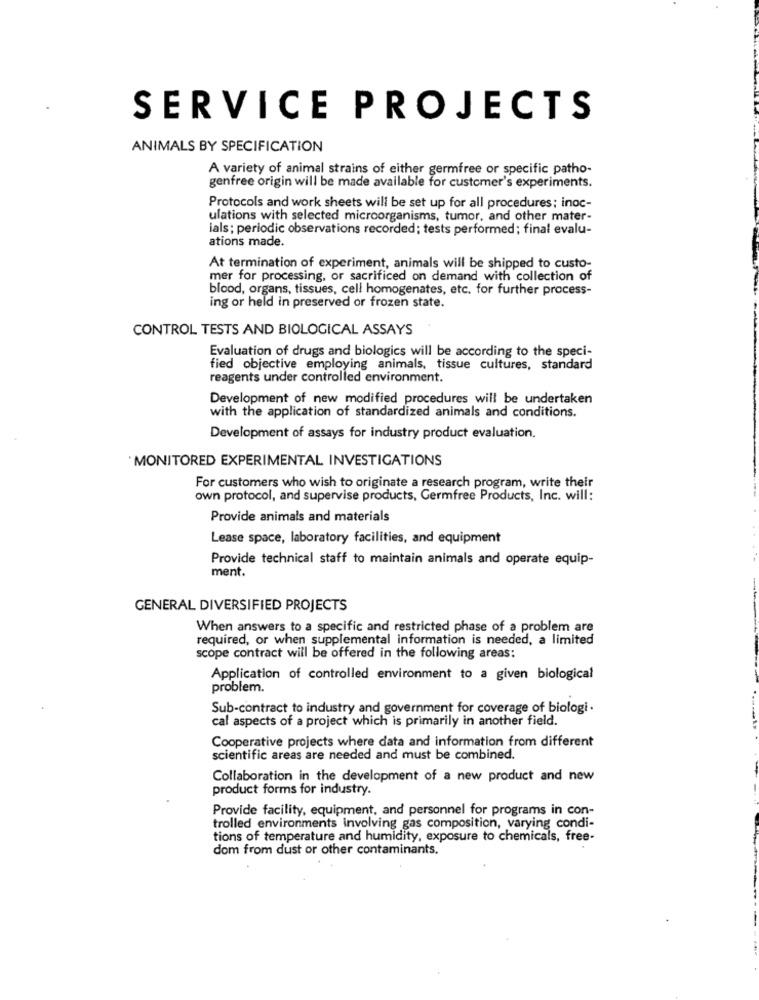
SERVICE PROJECTS
ANIMALS BY SPECIFICATION
A variety of animal strains of either germfree or specific patho-
genfree origin will be made available for customer's experiments.
Protocols and work sheets will be set up for all procedures; inoc-
ulations with selected microorganisms, tumor, and other mater-
ials; periodic observations recorded; tests performed ; final evalu-
ations made.
At termination of experiment, animals will be shipped to custo-
mer for processing, or sacrificed on demand with collection of
blood, organs, tissues, cell homogenates, etc. for further process-
ing or held in preserved or frozen state.
CONTROL TESTS AND BIOLOGICAL ASSAYS
Evaluation of drugs and biologics will be according to the speci-
fied objective employing animals, tissue cultures, standard
reagents under controlled environment.
Development of new modified procedures will be undertaken
with the application of standardized animals and conditions.
Development of assays for industry product evaluation.
MONITORED EXPERIMENTAL INVESTIGATIONS
For customers who wish to originate a research program, write their
own protocol, and supervise products, Germfree Products, Inc. will:
Provide animals and materials
Lease space, laboratory facilities, and equipment
Provide technical staff to maintain animals and operate equip-
ment.
GENERAL DIVERSIFIED PROJECTS
When answers to a specific and restricted phase of a problem are
required, or when supplemental information is needed, a limited
scope contract will be offered in the following areas:
Application of controlled environment to a given biological
problem.
Sub-contract to industry and government for coverage of biologi.
cal aspects of a project which is primarily in another field.
Cooperative projects where data and information from different
scientific areas are needed and must be combined.
Collaboration in the development of a new product and new
product forms for industry.
Provide facility, equipment, and personnel for programs in con-
trolled environments involving gas composition, varying condi-
tions of temperature and humidity, exposure to chemicals, free-
dom from dust or other contaminants.